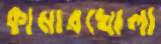
কামারখোলা